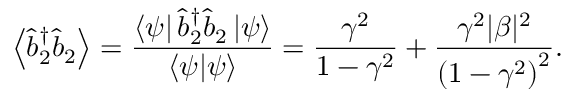
\left\langle \hat { b } _ { 2 } ^ { \dagger } \hat { b } _ { 2 } \right\rangle = \frac { \left\langle \psi \right\vert \hat { b } _ { 2 } ^ { \dagger } \hat { b } _ { 2 } \left\vert \psi \right\rangle } { \left\langle \psi | \psi \right\rangle } = \frac { \gamma ^ { 2 } } { 1 - \gamma ^ { 2 } } + \frac { \gamma ^ { 2 } | \beta | ^ { 2 } } { \left( 1 - \gamma ^ { 2 } \right) ^ { 2 } } .